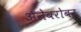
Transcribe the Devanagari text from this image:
अॅनेबरोबर